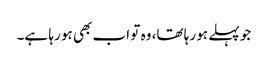
جو پہلے ہو رہا تھا، وہ تو اب بھی ہو رہا ہے۔